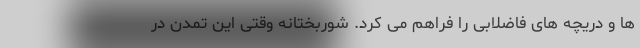
ها و دریچه های فاضلابی را فراهم می کرد. شوربختانه وقتی این تمدن در